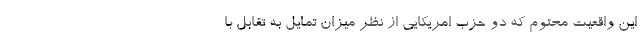
این واقعیت محتوم که دو حزب امریکایی از نظر میزان تمایل به تقابل با